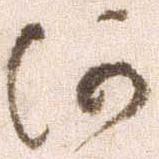
河